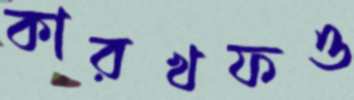
কারখফও